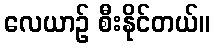
လေယာဉ် စီးနိုင်တယ်။